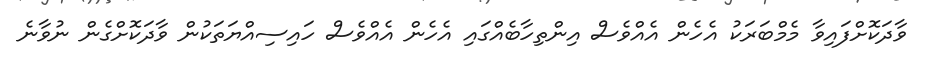
ވާދަކޮށްފައިވާ މެމްބަރަކު އެހެން އެއްވެސް އިންތިހާބެއްގައި އެހެން އެއްވެސް ހައިސިއްޔަތަކުން ވާދަކޮށްގެން ނުވާނެ